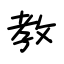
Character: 教